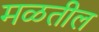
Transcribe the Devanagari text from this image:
मळतील